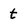
Character: t